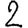
Digit: 2